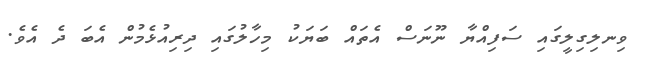
ވިނލިގިލީގައި ސަފިއްޔާ ނޫނަސް އެތައް ބަޔަކު މިހާލުގައި ދިރިއުޅެމުން އެބަ ދެ އެވެ.